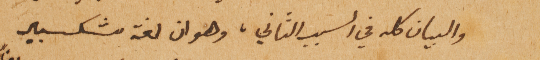
والبيان كله في السبب الثاني، وهو ان لغة شكسبير